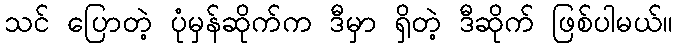
သင် ပြောတဲ့ ပုံမှန်ဆိုက်က ဒီမှာ ရှိတဲ့ ဒီဆိုက် ဖြစ်ပါမယ်။